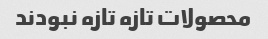
محصولات تازه تازه نبودند